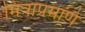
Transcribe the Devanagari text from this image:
मित्रांप्रमाणे